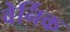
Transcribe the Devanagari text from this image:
वेर्निक